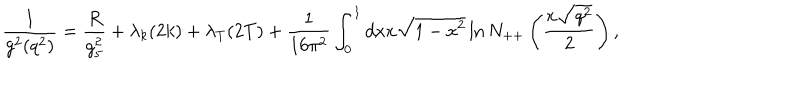
{ \frac { 1 } { g ^ { 2 } ( q ^ { 2 } ) } } = { \frac { R } { g _ { 5 } ^ { 2 } } } + \lambda _ { k } ( 2 k ) + \lambda _ { T } ( 2 T ) + { \frac { 1 } { 1 6 \pi ^ { 2 } } } \int _ { 0 } ^ { 1 } d x x \sqrt { 1 - x ^ { 2 } } \ln N _ { + + } \left( { \frac { x \sqrt { q ^ { 2 } } } { 2 } } \right) ,